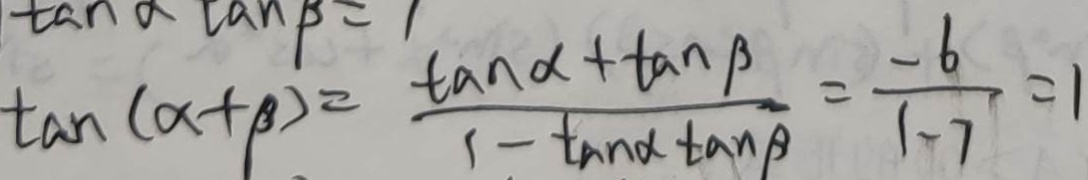
\tan ( \alpha + \beta ) = \frac { \tan \alpha + \tan \beta } { 1 - \tan \alpha \tan \beta } = \frac { - 6 } { 1 - 7 } = 1